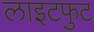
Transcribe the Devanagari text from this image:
लाइटफुट